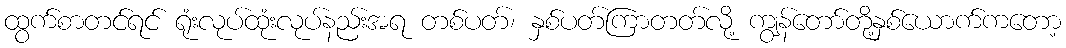
ထွက်စာတင်ရင် ရုံးလုပ်ထုံးလုပ်နည်းအရ တစ်ပတ်၊ နှစ်ပတ်ကြာတတ်လို့ ကျွန်တော်တို့နှစ်ယောက်ကတော့